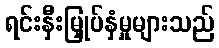
ရင်းနှီးမြှုပ်နှံမှုများသည်